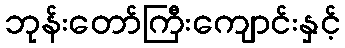
ဘုန်းတော်ကြီးကျောင်းနှင့်